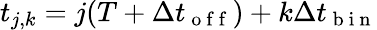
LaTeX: t_{j,k}=j(T+\Delta t_{\mathrm{~o~f~f~}})+k\Delta t_{\mathrm{~b~i~n~}}